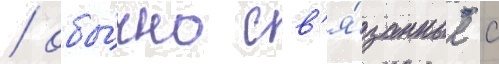
/ обы́чно св'я́занные с